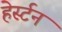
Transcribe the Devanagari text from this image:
हेर्स्टन